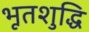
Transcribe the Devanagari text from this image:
भूतशुद्धि